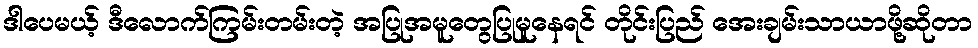
ဒါပေမယ့် ဒီလောက်ကြမ်းတမ်းတဲ့ အပြုအမူတွေပြုမူနေရင် တိုင်းပြည် အေးချမ်းသာယာဖို့ဆိုတာ